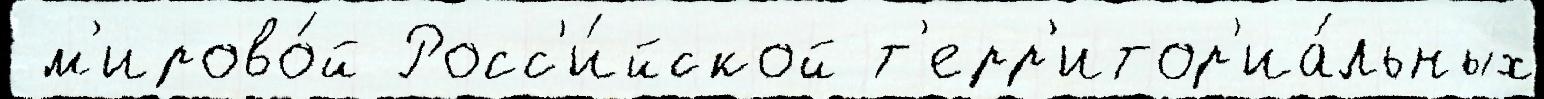
 м'ирово́й Росс'и́йской т'ерр'итор'иа́льных